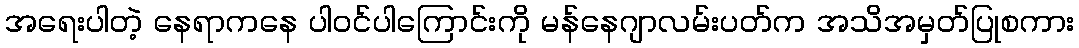
အရေးပါတဲ့ နေရာကနေ ပါဝင်ပါကြောင်းကို မန်နေဂျာလမ်းပတ်က အသိအမှတ်ပြုစကား